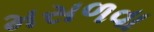
મસળવા